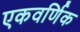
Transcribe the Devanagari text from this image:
एकवर्णिक